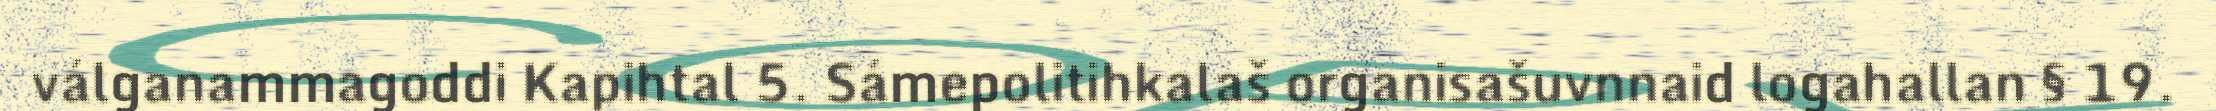
válganammagoddi Kapihtal 5. Sámepolitihkalaš organisašuvnnaid logahallan § 19.